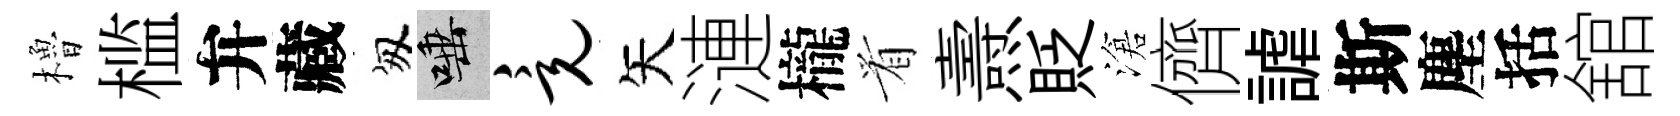
櫓槛弁藏匆唾竟矢漣櫳㸔燾貶滄儕謔斯塵括舘